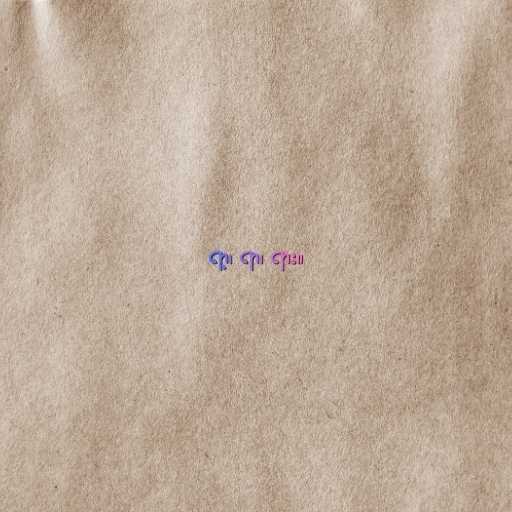
ရာ့၊ ရာ၊ ရား။